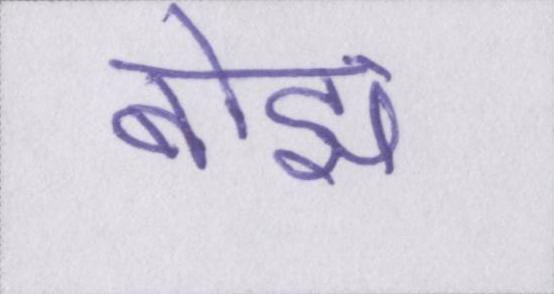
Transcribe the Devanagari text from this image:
बोझ